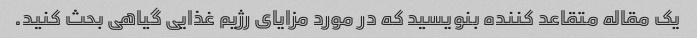
یک مقاله متقاعد کننده بنویسید که در مورد مزایای رژیم غذایی گیاهی بحث کنید.